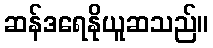
ဆန်ဒရေနိုယူဆသည်။